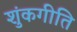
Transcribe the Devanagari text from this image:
शुंकगीति